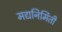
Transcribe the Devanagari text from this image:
मद्यनिर्मिती